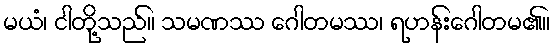
မယံ၊ ငါတို့သည်။ သမဏဿ ဂေါတမဿ၊ ရဟန်းဂေါတမ၏။